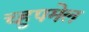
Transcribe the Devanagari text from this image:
च्हुपमेल